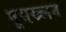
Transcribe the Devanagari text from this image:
भूसख्लन